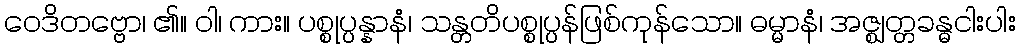
ဝေဒိတဗ္ဗော၊ ၏။ ဝါ၊ ကား။ ပစ္စုပ္ပန္နာနံ၊ သန္တတိပစ္စုပ္ပန်ဖြစ်ကုန်သော။ ဓမ္မာနံ၊ အဇ္ဈတ္တခန္ဓငါးပါး